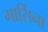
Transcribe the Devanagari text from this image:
गार्सिना